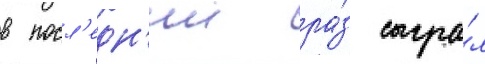
в посл'едн'ии ра́з сыгра́л